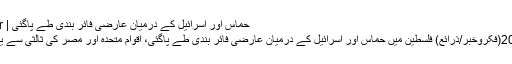
حماس اور اسرائیل کے درمیان عارضی فائر بندی طے پاگئی | FikroKhabar
غزہ:22مئی2019(فکروخبر/ذرائع) فلسطین میں حماس اور اسرائیل کے درمیان عارضی فائر بندی طے پاگئی، اقوام متحدہ اور مصر کی ثالثی سے یہ فائربندی ہوئی۔